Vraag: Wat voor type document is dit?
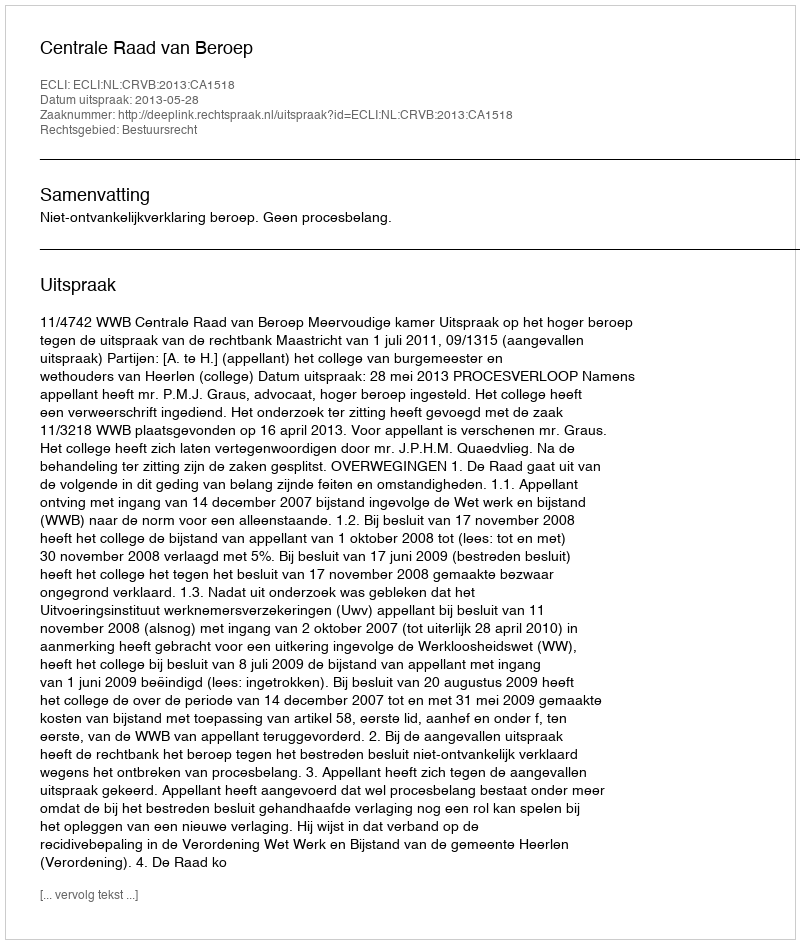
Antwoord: Uitspraak